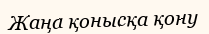
Жаңа қонысқа қону